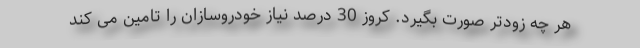
هر چه زودتر صورت بگیرد. کروز 30 درصد نیاز خودروسازان را تامین می کند